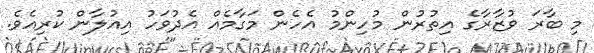
މި ބާރަ ވުޒާރާގެ އިތުރުން މުހިންމު އެހެން މަގާމެއް އެދުވަހު އިއުލާން ކުރިއެވެ.